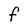
Character: F